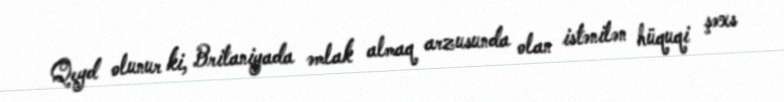
Qeyd olunur ki, Britaniyada əmlak almaq arzusunda olan istənilən hüquqi şəxs